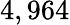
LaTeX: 4,964